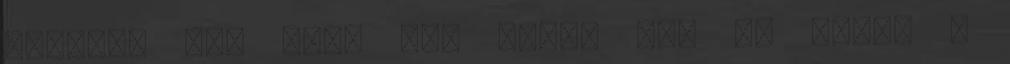
életben nem lesz még akkor sem ha lenne a